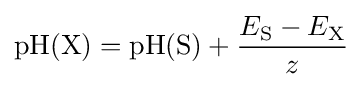
{\mathrm {pH} (\mathrm {X} )}={\mathrm {pH} (\mathrm {S} )}+{\frac {E_{\mathrm {S} }-E_{\mathrm {X} }}{z}}